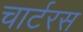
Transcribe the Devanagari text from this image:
चार्टरस